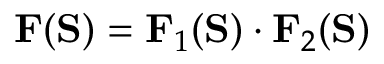
\mathbf { F } ( \mathbf { S } ) = \mathbf { F } _ { 1 } ( \mathbf { S } ) \cdot \mathbf { F } _ { 2 } ( \mathbf { S } )